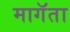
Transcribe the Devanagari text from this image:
मागॅता